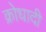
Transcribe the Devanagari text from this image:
क्रोधादी